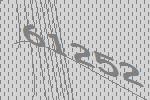
61252